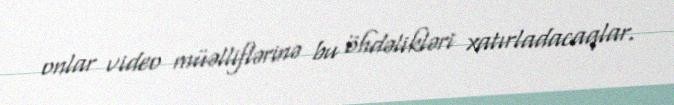
onlar video müəlliflərinə bu öhdəlikləri xatırladacaqlar.